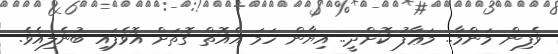
ވެފިން މަންމާ.. މަޢާފު ކޮށްދީ.. އިޔާން ހަމަ އެއޮތް ގޮތަށް އޮވެފައި ބުނެލިއެވެ.